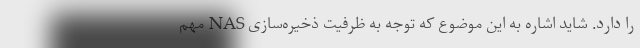
را دارد. شاید اشاره به این موضوع که توجه به ظرفیت ذخیره‌سازی NAS مهم